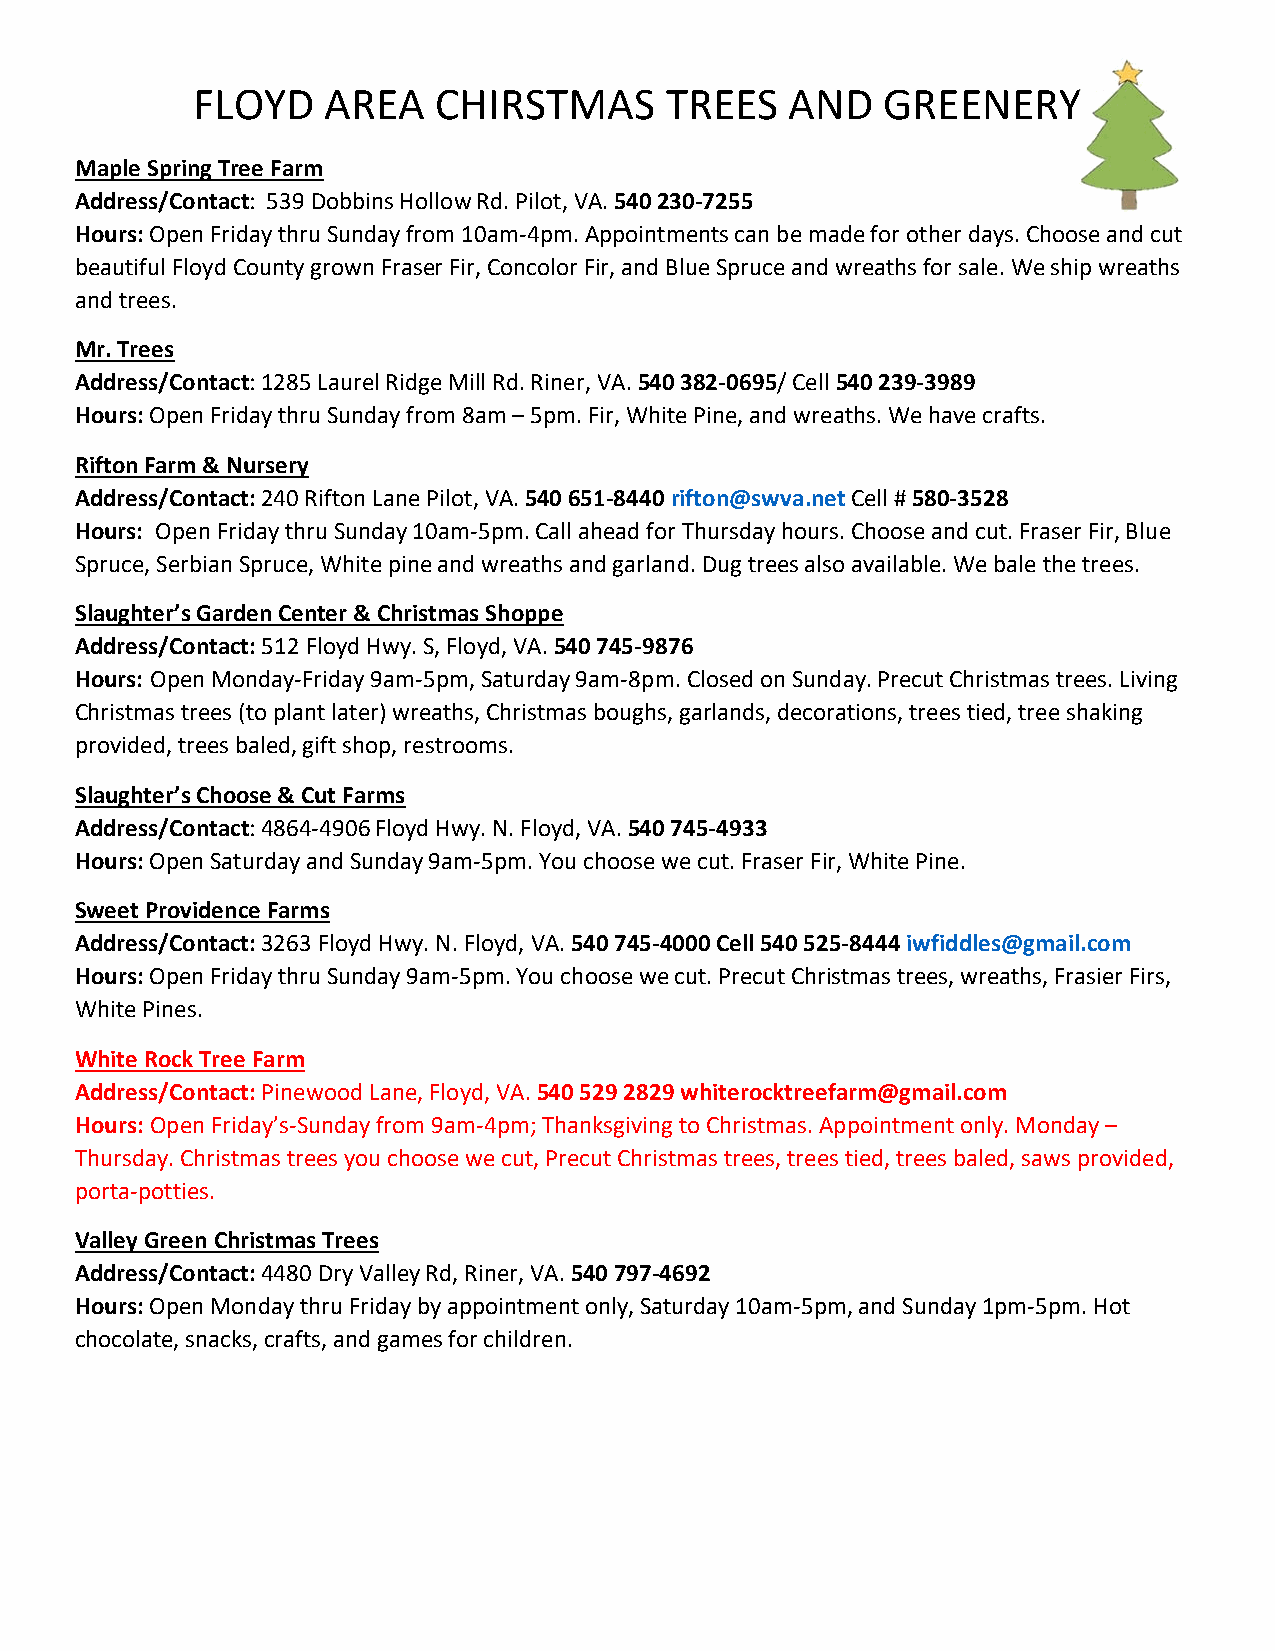
FLOYD    AREA   CHIRSTMAS      TREES   AND    GREENERY
 Maple Spring Tree Farm
 Address/Contact: 539 Dobbins Hollow Rd. Pilot, VA. 540 230‐7255
 Hours: Open Friday thru Sunday from 10am‐4pm. Appointments can be made for other days. Choose and cut
 beautiful Floyd County grown Fraser Fir, Concolor Fir, and Blue Spruce and wreaths for sale. We ship wreaths
 and trees.
 Mr. Trees
 Address/Contact: 1285 Laurel Ridge Mill Rd. Riner, VA. 540 382‐0695/ Cell 540 239‐3989
 Hours: Open Friday thru Sunday from 8am – 5pm. Fir, White Pine, and wreaths. We have crafts.
 Rifton Farm & Nursery
 Address/Contact: 240 Rifton Lane Pilot, VA. 540 651‐8440 rifton@swva.net Cell # 580‐3528
 Hours: Open Friday thru Sunday 10am‐5pm. Call ahead for Thursday hours. Choose and cut. Fraser Fir, Blue
 Spruce, Serbian Spruce, White pine and wreaths and garland. Dug trees also available. We bale the trees.
 Slaughter’s Garden Center & Christmas Shoppe
 Address/Contact: 512 Floyd Hwy. S, Floyd, VA. 540 745‐9876
 Hours: Open Monday‐Friday 9am‐5pm, Saturday 9am‐8pm. Closed on Sunday. Precut Christmas trees. Living
 Christmas trees (to plant later) wreaths, Christmas boughs, garlands, decorations, trees tied, tree shaking
 provided, trees baled, gift shop, restrooms.
 Slaughter’s Choose & Cut Farms
 Address/Contact: 4864‐4906 Floyd Hwy. N. Floyd, VA. 540 745‐4933
 Hours: Open Saturday and Sunday 9am‐5pm. You choose we cut. Fraser Fir, White Pine.
 Sweet Providence Farms
 Address/Contact: 3263 Floyd Hwy. N. Floyd, VA. 540 745‐4000 Cell 540 525‐8444 iwfiddles@gmail.com
 Hours: Open Friday thru Sunday 9am‐5pm. You choose we cut. Precut Christmas trees, wreaths, Frasier Firs,
 White Pines.
 White Rock Tree Farm
 Address/Contact: Pinewood Lane, Floyd, VA. 540 529 2829 whiterocktreefarm@gmail.com
 Hours: Open Friday’s‐Sunday from 9am‐4pm; Thanksgiving to Christmas. Appointment only. Monday –
 Thursday. Christmas trees you choose we cut, Precut Christmas trees, trees tied, trees baled, saws provided,
 porta‐potties.
 Valley Green Christmas Trees
 Address/Contact: 4480 Dry Valley Rd, Riner, VA. 540 797‐4692
 Hours: Open Monday thru Friday by appointment only, Saturday 10am‐5pm, and Sunday 1pm‐5pm. Hot
 chocolate, snacks, crafts, and games for children.